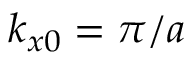
k _ { x 0 } = \pi / a